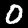
Label: 0